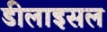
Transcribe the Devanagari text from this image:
डीलाइसल